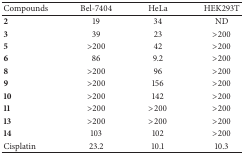
<table><thead><tr><td><b>Compounds</b></td><td><b>Bel-7404</b></td><td><b>HeLa</b></td><td><b>HEK293T</b></td></tr></thead><tbody><tr><td><b>2</b></td><td>19</td><td>34</td><td>ND</td></tr><tr><td><b>3</b></td><td>39</td><td>23</td><td>&gt;200</td></tr><tr><td><b>5</b></td><td>&gt;200</td><td>42</td><td>&gt;200</td></tr><tr><td><b>6</b></td><td>86</td><td>9.2</td><td>&gt;200</td></tr><tr><td><b>8</b></td><td>&gt;200</td><td>96</td><td>&gt;200</td></tr><tr><td><b>9</b></td><td>&gt;200</td><td>156</td><td>&gt;200</td></tr><tr><td><b>10</b></td><td>&gt;200</td><td>142</td><td>&gt;200</td></tr><tr><td><b>11</b></td><td>&gt;200</td><td>&gt;200</td><td>&gt;200</td></tr><tr><td><b>13</b></td><td>&gt;200</td><td>&gt;200</td><td>&gt;200</td></tr><tr><td><b>14</b></td><td>103</td><td>102</td><td>&gt;200</td></tr><tr><td>Cisplatin</td><td>23.2</td><td>10.1</td><td>10.3</td></tr></tbody></table>